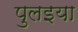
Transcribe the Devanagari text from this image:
पुलइया